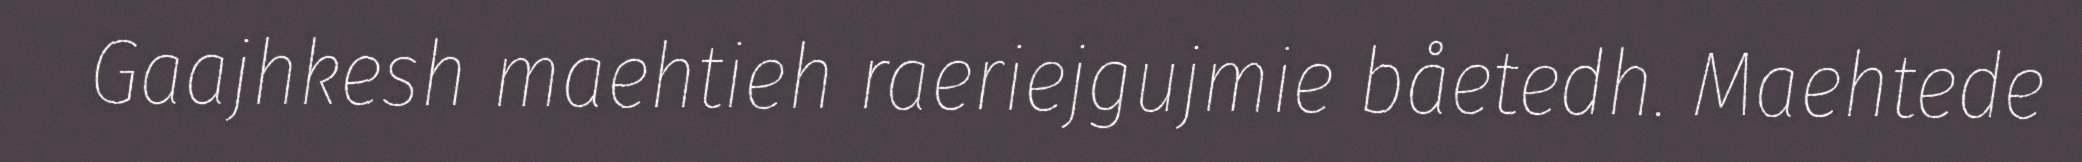
Gaajhkesh maehtieh raeriejgujmie båetedh. Maehtede